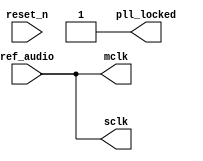
// This program was cloned from: https://github.com/verimake-team/SparkRoad-V
// License: MIT License

module audio_pll (
    input  wire          ref_audio,      // Oscillator #24.576MHz
    input  wire          reset_n,        // reset
    output wire          mclk,           // 12.288MHz clock for audio
    output wire          sclk,           // 3.072MHz  clock for audio
    output wire          pll_locked      // PLL locked
);

// --------------------------------------------------------------------
// internal wires
// --------------------------------------------------------------------

    wire [9:0]  pll_clocks;

`ifdef    INCLUDE_PLL

  // PLL generating Audio clocks

  altpll #(
    .bandwidth_type          ("AUTO"),
    .clk0_divide_by          (2),
    .clk0_duty_cycle         (50),
    .clk0_multiply_by        (1),
    .clk0_phase_shift        ("0"),
    .clk1_divide_by          (8),
    .clk1_duty_cycle         (50),
    .clk1_multiply_by        (1),
    .clk1_phase_shift        ("0"),
    .clk2_divide_by          (25),
    .clk2_duty_cycle         (50),
    .clk2_multiply_by        (3),
    .clk2_phase_shift        ("0"),
    .clk3_divide_by          (5),
    .clk3_duty_cycle         (50),
    .clk3_multiply_by        (2),
    .clk3_phase_shift        ("0"),
    .clk4_divide_by          (5),
    .clk4_duty_cycle         (50),
    .clk4_multiply_by        (4),
    .clk4_phase_shift        ("0"),
    .inclk0_input_frequency  (40690),
    .intended_device_family  ("Cyclone V"),
    .lpm_hint                ("CBX_MODULE_PREFIX=plls_Altera"),
    .lpm_type                ("altpll"),
    .operation_mode          ("NO_COMPENSATION"),
    .pll_type                ("AUTO"),
    .port_activeclock        ("PORT_UNUSED"),
    .port_areset             ("PORT_UNUSED"),
    .port_clkbad0            ("PORT_UNUSED"),
    .port_clkbad1            ("PORT_UNUSED"),
    .port_clkloss            ("PORT_UNUSED"),
    .port_clkswitch          ("PORT_UNUSED"),
    .port_configupdate       ("PORT_UNUSED"),
    .port_fbin               ("PORT_UNUSED"),
    .port_fbout              ("PORT_UNUSED"),
    .port_inclk0             ("PORT_USED"),
    .port_inclk1             ("PORT_UNUSED"),
    .port_locked             ("PORT_USED"),
    .port_pfdena             ("PORT_UNUSED"),
    .port_phasecounterselect ("PORT_UNUSED"),
    .port_phasedone          ("PORT_UNUSED"),
    .port_phasestep          ("PORT_UNUSED"),
    .port_phaseupdown        ("PORT_UNUSED"),
    .port_pllena             ("PORT_UNUSED"),
    .port_scanaclr           ("PORT_UNUSED"),
    .port_scanclk            ("PORT_UNUSED"),
    .port_scanclkena         ("PORT_UNUSED"),
    .port_scandata           ("PORT_UNUSED"),
    .port_scandataout        ("PORT_UNUSED"),
    .port_scandone           ("PORT_UNUSED"),
    .port_scanread           ("PORT_UNUSED"),
    .port_scanwrite          ("PORT_UNUSED"),
    .port_clk0               ("PORT_USED"),
    .port_clk1               ("PORT_USED"),
    .port_clk2               ("PORT_UNUSED"),
    .port_clk3               ("PORT_UNUSED"),
    .port_clk4               ("PORT_UNUSED"),
    .port_clk5               ("PORT_UNUSED"),
    .port_clk6               ("PORT_UNUSED"),
    .port_clk7               ("PORT_UNUSED"),
    .port_clk8               ("PORT_UNUSED"),
    .port_clk9               ("PORT_UNUSED"),
    .port_clkena0            ("PORT_UNUSED"),
    .port_clkena1            ("PORT_UNUSED"),
    .port_clkena2            ("PORT_UNUSED"),
    .port_clkena3            ("PORT_UNUSED"),
    .port_clkena4            ("PORT_UNUSED"),
    .port_clkena5            ("PORT_UNUSED"),
    .port_clkena6            ("PORT_UNUSED"),
    .port_clkena7            ("PORT_UNUSED"),
    .port_clkena8            ("PORT_UNUSED"),
    .port_clkena9            ("PORT_UNUSED"),
    .self_reset_on_loss_lock ("ON"),
    .using_fbmimicbidir_port ("OFF"),
    .width_clock             (10))
   u_cpu_periph_clk_pll_0 (
    .inclk              ({1'b0, ref_audio}),
    .clk                (pll_clocks[9:0]),
    .activeclock        (),
    .areset             (~reset_n),  // Optional
    .clkbad             (),
    .clkena             ({10{1'b1}}),
    .clkloss            (),
    .clkswitch          (1'b0),
    .configupdate       (1'b0),
    .enable0            (),
    .enable1            (),
    .extclk             (),
    .extclkena          ({4{1'b1}}),
    .fbin               (1'b1),
    .fbmimicbidir       (),
    .fbout              (),
    .locked             (pll_locked),
    .pfdena             (1'b1),
    .phasecounterselect ({4{1'b1}}),
    .phasedone          (),
    .phasestep          (1'b1),
    .phaseupdown        (1'b1),
    .pllena             (1'b1),
    .scanaclr           (1'b0),
    .scanclk            (1'b0),
    .scanclkena         (1'b1),
    .scandata           (1'b0),
    .scandataout        (),
    .scandone           (),
    .scanread           (1'b0),
    .scanwrite          (1'b0),
    .sclkout0           (),
    .sclkout1           (),
    .vcooverrange       (),
    .vcounderrange      ());


`else
  assign pll_clocks[0] = ref_audio;
  assign pll_clocks[1] = ref_audio;
  assign pll_locked    = 1'b1;
`endif

  assign mclk          = pll_clocks[0];
  assign sclk          = pll_clocks[1];

endmodule